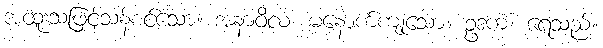
အထူးသဖြင့်သန့်စင်သော။ အနာဝိလံ၊ မနောက်ကျုသော။ ဥဒကံ၊ ရေသည်။